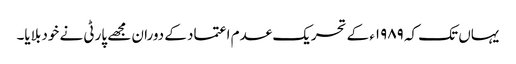
یہاں تک کہ ۱۹۸۹ء کے تحریک عدم اعتماد کے دوران مجھے پارٹی نے خود بلایا۔